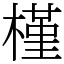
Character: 槿